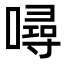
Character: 噚